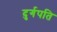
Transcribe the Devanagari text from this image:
दुर्गपति